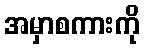
အမှာစကားကို